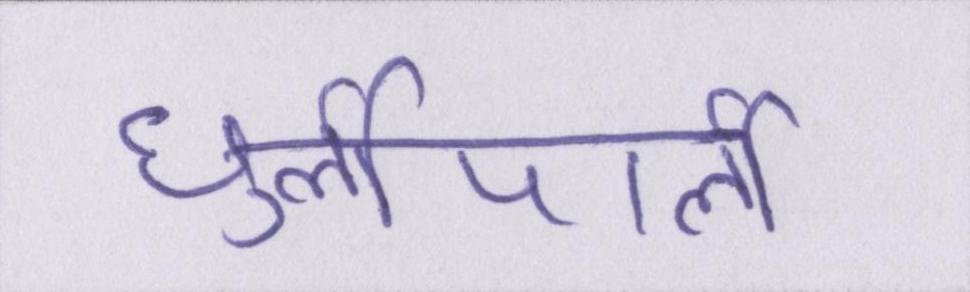
धुर्लीपार्ली